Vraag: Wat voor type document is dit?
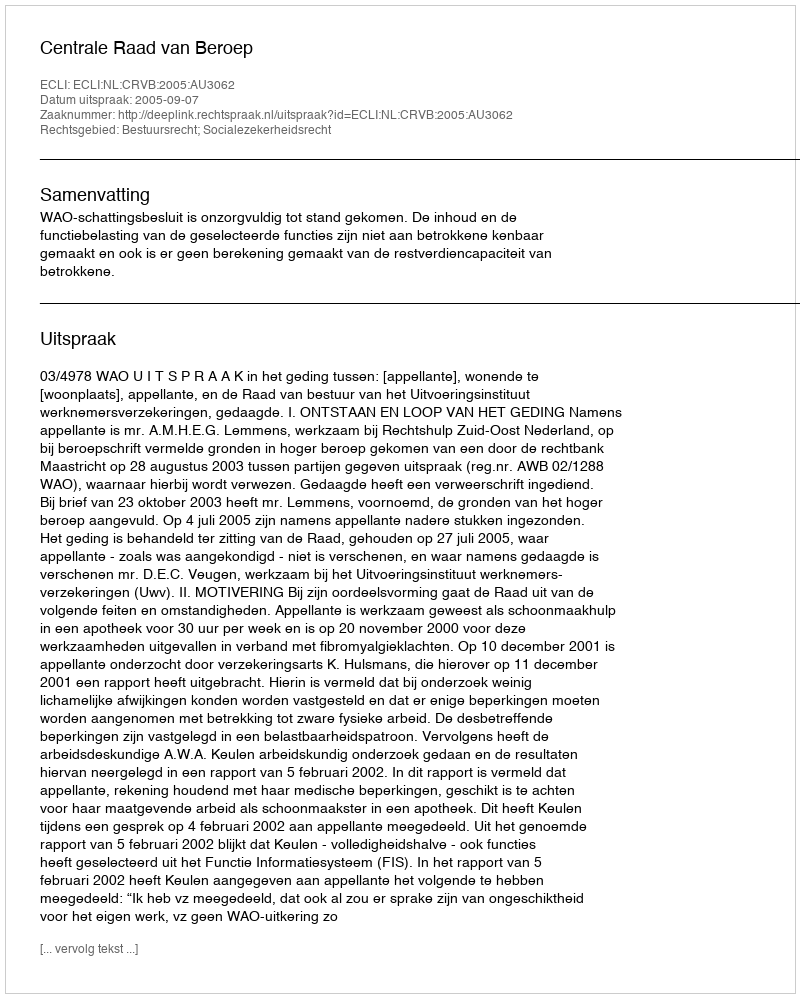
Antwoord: Uitspraak